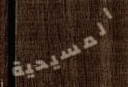
المسيحية